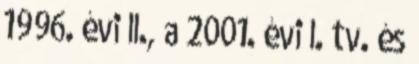
1996. évi II., a 2001. évi I. tv. és